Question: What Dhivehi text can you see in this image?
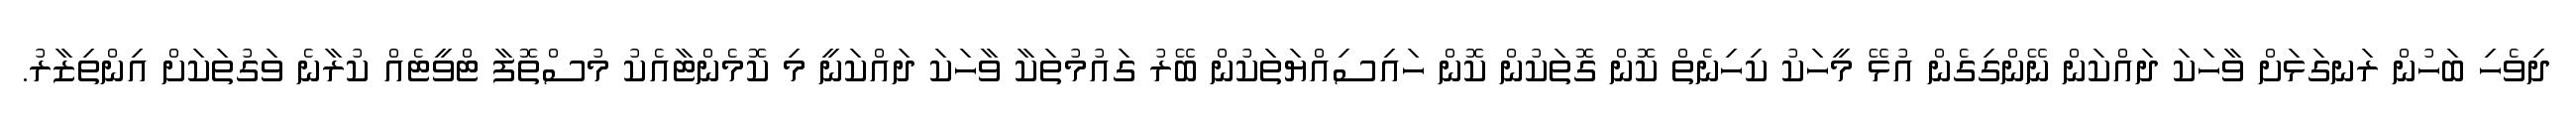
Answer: ދިވެހި ބަހުން ރަނގަޅަށް ވާހަކަ ދައްކަން ނޭންގިގެން އުޅޭ މީހަކު ކިހިނެތް ކޮން ގޮތަކުން ކޮން ހައިސިއްޔަތަކުން ބޭރު ގައުމުތަކާ ވާހަކަ ދައްކަނީ މި ކޮމެންޓާއެކު މުސްތޮފާ ޓްވީޓެއް ކުރާނެ ވަގުތަކަށް އިންތިޒާރު.